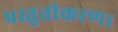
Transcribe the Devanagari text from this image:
प्रस्तुतीकरण।